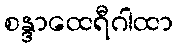
စန္ဒာထေရီဂါထာ